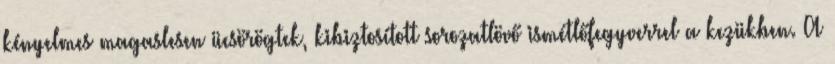
kényelmes magaslesen ücsörögtek, ki­biztosított so­rozatlövő ismétlőfegyverrel a kezükben. A